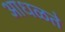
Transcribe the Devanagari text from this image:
आधळते